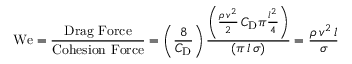
\mathrm { W e } = { \frac { \mathrm { D r a g ~ F o r c e } } { \mathrm { C o h e s i o n ~ F o r c e } } } = \left( { \frac { 8 } { C _ { \mathrm { D } } } } \right) { \frac { \left( { \frac { \rho \, v ^ { 2 } } { 2 } } \, C _ { \mathrm { D } } \pi { \frac { l ^ { 2 } } { 4 } } \right) } { \left( \pi \, l \, \sigma \right) } } = { \frac { \rho \, v ^ { 2 } \, l } { \sigma } }